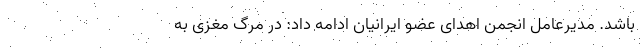
باشد. مدیرعامل انجمن اهدای عضو ایرانیان ادامه داد: در مرگ مغزی به